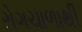
રોગચાળાથી